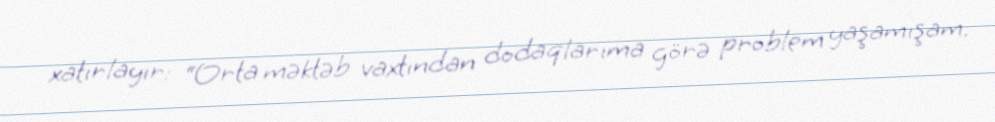
xatırlayır: “Orta məktəb vaxtından dodaqlarıma görə problem yaşamışam.